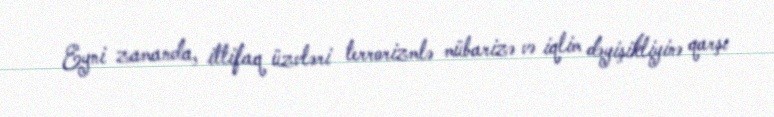
Eyni zamanda, ittifaq üzvləri terrorizmlə mübarizə və iqlim dəyişikliyinə qarşı